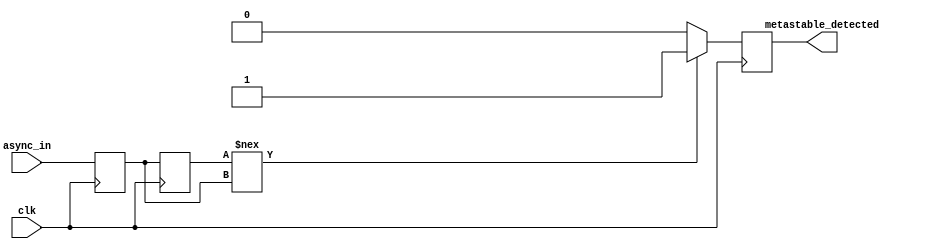
module TwoFF_Metastability_Detector (
    input wire clk,                // Clock signal
    input wire async_in,           // Asynchronous input signal
    output reg metastable_detected  // Output flag for metastability detection
);

    reg ff1;                       // First flip-flop
    reg ff2;                       // Second flip-flop

    // Sequential logic for the first flip-flop
    always @(posedge clk) begin
        ff1 <= async_in;           // Sample the asynchronous input
    end

    // Sequential logic for the second flip-flop
    always @(posedge clk) begin
        ff2 <= ff1;                // Sample the output of the first flip-flop
    end

    // Metastability detection logic
    always @(posedge clk) begin
        // Check if ff2 remains in metastable state; 
        // Here we assume that metastable state checking logic is done
        // based on required timing constraints. For simplicity, we can 
        // set a flag if ff2 has not changed in the next clock cycle.
        // This is just a simple example and may need more sophistication
        // based on the real-world timing analysis.
        
        // Reset metastability detection
        metastable_detected <= 1'b0;

        // Simulated logic to detect metastability, assuming a certain condition or 
        // timing constraint to determine if metastability has occurred.
        // In practice, this condition would be replaced by actual timing checks.
        if (ff2 !== ff1) begin
            metastable_detected <= 1'b1; // Flag as metastability detected
        end
    end

endmodule